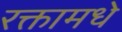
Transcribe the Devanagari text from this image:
रक्तामधे